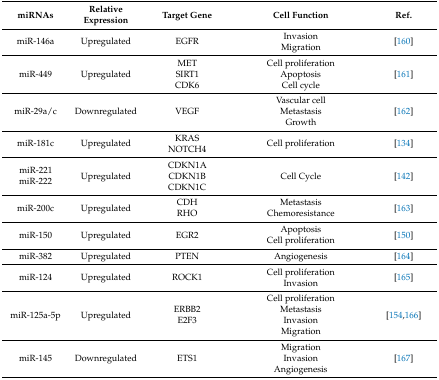
| miRNAs | Relative Expression | Target Gene | Cell Function | Ref. |
 | --- | --- | --- | --- | --- |
 | miR-146a | Upregulated | EGFR | InvasionMigration | [160] |
 | miR-449 | Upregulated | METSIRT1CDK6 | Cell proliferationApoptosisCell cycle | [161] |
 | miR-29a/c | Downregulated | VEGF | Vascular cellMetastasisGrowth | [162] |
 | miR-181c | Upregulated | KRASNOTCH4 | Cell proliferation | [134] |
 | miR-221miR-222 | Upregulated | CDKN1ACDKN1BCDKN1C | Cell Cycle | [142] |
 | miR-200c | Upregulated | CDHRHO | Metastasis Chemoresistance | [163] |
 | miR-150 | Upregulated | EGR2 | Apoptosis Cell proliferation | [150] |
 | miR-382 | Upregulated | PTEN | Angiogenesis | [164] |
 | miR-124 | Upregulated | ROCK1 | Cell proliferationInvasion | [165] |
 | miR-125a-5p | Upregulated | ERBB2E2F3 | Cell proliferationMetastasisInvasionMigration | [154,166] |
 | miR-145 | Downregulated | ETS1 | MigrationInvasionAngiogenesis | [167] |